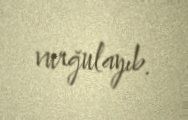
vurğulayıb.